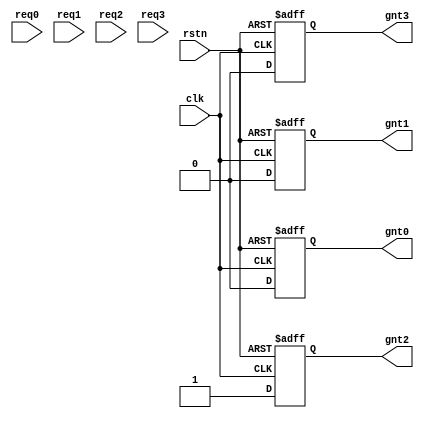
`timescale 1ns / 1ps
//////////////////////////////////////////////////////////////////////////////////
// Company: 
// Engineer: 
// 
// Design Name: 
// Module Name: Arbiter
// Project Name: 
// Target Devices: 
// Tool Versions: 
// Description: 
// 
// Dependencies: 
// 
// Revision:
// Revision 0.01 - File Created
// Additional Comments:
// 
//////////////////////////////////////////////////////////////////////////////////


module arbiter(
    output reg gnt0,gnt1,gnt2,gnt3,
    input req0,req1,req2,req3,
    input rstn,clk
    );
	parameter FETCH=0;
	parameter COMP=1;
	reg [1:0] state,next_state;
	wire req;
	always @(posedge clk or negedge rstn)
	if (~rstn) state<=FETCH;
	else state<=next_state;
	
	always @(*)
	if (~rstn)
		next_state<=FETCH;
	else 
	case (state)
		FETCH: if (req) next_state<=FETCH;
				else next_state<=FETCH;
		COMP: next_state<=FETCH;
		default: next_state<=FETCH;
	endcase
	
	reg [2:0] grade0,grade1,grade2,grade3;
	wire [2:0] level0,level1,level2,level3;
	wire [1:0] hit;
	assign  level0 = (req0)? grade0:4;
	assign	level1 = (req1)? grade1:4;
	assign	level2 = (req2)? grade2:4;
	assign	level3 = (req3)? grade3:4;
	assign req = req0 | req1 | req2 | req3;
	assign hit = (level0<level1 && level0<level2 && level0<level3)? 2'd0:
				(level1<level0 && level1<level2 && level1<level3)? 2'd1:
				(level2<level0 && level2<level1 && level2<level3)? 2'd2:
				(level3<level0 && level3<level1 && level3<level2)? 2'd3:2'd0;
				
	always @(posedge clk or negedge rstn)
	if (~rstn) begin
		gnt0<=0; gnt1<=0; gnt2<=0; gnt3<=0;
		grade0<=0; grade1<=1; grade2<=2; grade3<=3;
	end else
	if (req & next_state==COMP)
		case (hit)
			2'd0: begin
				gnt0<=1; gnt1<=0; gnt2<=0; gnt3<=0;
				if (grade1>grade0) grade1<=grade1-1;
				else grade1<=grade1;
				if (grade2>grade0) grade2<=grade2-1;
				else grade2<=grade2;
				if (grade3>grade0) grade3<=grade3-1;
				else grade3<=grade3;
				end
			2'd1: begin
				gnt0<=0; gnt1<=1; gnt2<=0; gnt3<=0;
				if (grade0>grade1) grade0<=grade0-1;
				else grade0<=grade0;
				if (grade2>grade1) grade2<=grade2-1;
				else grade2<=grade2;
				if (grade3>grade1) grade3<=grade3-1;
				else grade3<=grade3;
				end
			2'd3: begin
				gnt0<=0; gnt1<=1; gnt2<=0; gnt3<=0;
				if (grade0>grade3) grade0<=grade0-1;
				else grade0<=grade0;
				if (grade2>grade3) grade2<=grade2-1;
				else grade2<=grade2;
				if (grade1>grade3) grade1<=grade1-1;
				else grade1<=grade1;
				end
			2'd2: begin
				gnt0<=0; gnt1<=0; gnt2<=1; gnt3<=0;
				if (grade0>grade2) grade0<=grade0-1;
				else grade0<=grade0;
				if (grade1>grade2) grade1<=grade1-1;
				else grade1<=grade1;
				if (grade3>grade2) grade3<=grade3-1;
				else grade3<=grade3;
				end
			default: begin
				gnt0<=0; gnt1<=0; gnt2<=1; gnt3<=0;
				grade0<=grade0;
				grade1<=grade1;
				grade3<=grade3;
				grade2<=grade2;
			end
		endcase
	else begin
		gnt0<=0; gnt1<=0; gnt2<=1; gnt3<=0;
		grade0<=grade0;
		grade1<=grade1;
		grade3<=grade3;
		grade2<=grade2;
	end
	
endmodule